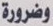
وضرورة